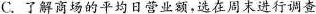
C.了解商场的平均日营业额，选在周末进行调查